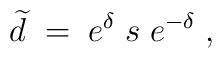
\widetilde{d}\;=\;e^\delta \;s\;e^{-\delta }\;,